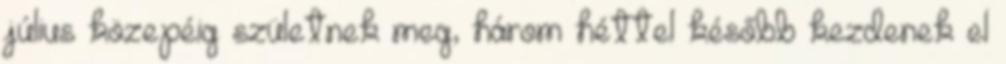
július közepéig születnek meg, három héttel később kezdenek el